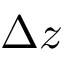
\Delta z